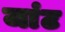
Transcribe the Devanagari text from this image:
जांट